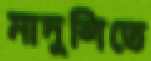
মাদুলিতে